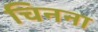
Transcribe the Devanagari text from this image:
चिनना